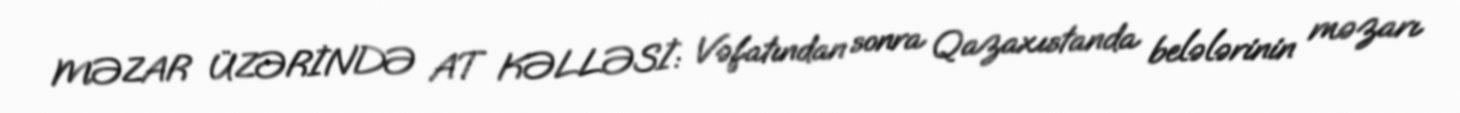
MƏZAR ÜZƏRİNDƏ AT KƏLLƏSİ: Vəfatından sonra Qazaxıstanda belələrinin məzarı